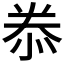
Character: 𭜮